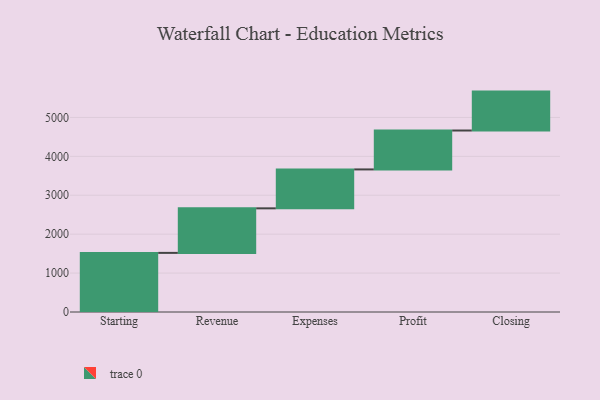
{"axis": {"x": "Step", "y": "Value"}, "legend": [""], "data": [{"x": "Starting", "y": 1519.0, "type": ""}, {"x": "Revenue", "y": 1145.0, "type": ""}, {"x": "Expenses", "y": 1000, "type": ""}, {"x": "Profit", "y": 1000, "type": ""}, {"x": "Closing", "y": 1000, "type": ""}]}